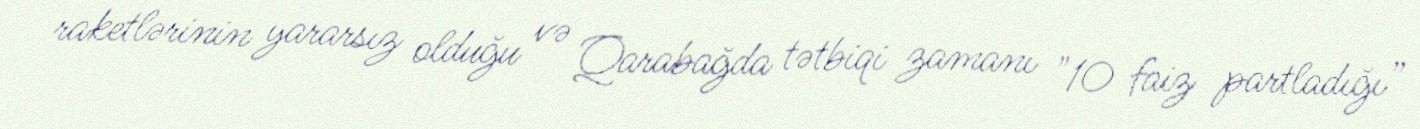
raketlərinin yararsız olduğu və Qarabağda tətbiqi zamanı "10 faiz partladığı”